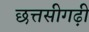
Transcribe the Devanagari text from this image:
छत्तसीगढ़ी